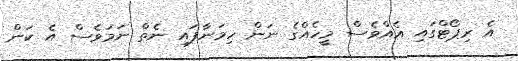
އެ ރިޕޯޓްގައި އެއްވެސް މީހެއްގެ ނަން ހިމަނާފައި ނެތް ނަމަވެސް އެ ކަން